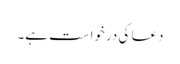
دعا کی درخواست ہے۔